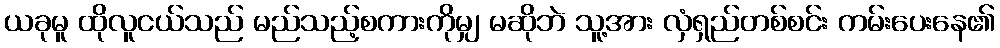
ယခုမူ ထိုလူငယ်သည် မည်သည့်စကားကိုမျှ မဆိုဘဲ သူ့အား လှံရှည်တစ်စင်း ကမ်းပေးနေ၏